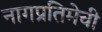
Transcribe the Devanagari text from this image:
नागप्रतिमेची